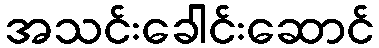
အသင်းခေါင်းဆောင်